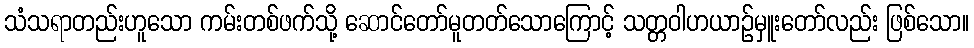
သံသရာတည်းဟူသော ကမ်းတစ်ဖက်သို့ ဆောင်တော်မူတတ်သောကြောင့် သတ္တဝါဟယာဉ်မှူးတော်လည်း ဖြစ်သော။